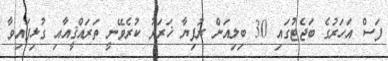
ފަސް އަހަރުގެ ބަޖެޓުގައި 30 ބިލިއަން ރުފިޔާ ޚަރަދު ކުރެވޭނީ ތަރައްޤީއާއި ގުޅިފައިވާ